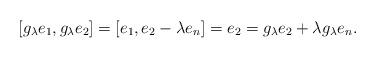
LaTeX: \begin{align*} [g_\lambda e_1 , g_\lambda e_2] = [e_1 , e_2 - \lambda e_n] = e_2 = g_\lambda e_2 + \lambda g_\lambda e_n . \end{align*}